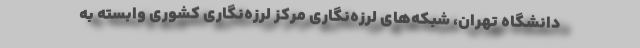
دانشگاه تهران، شبکه‌های لرزه‌نگاری مرکز لرزه‌نگاری کشوری وابسته به